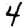
Digit: 4